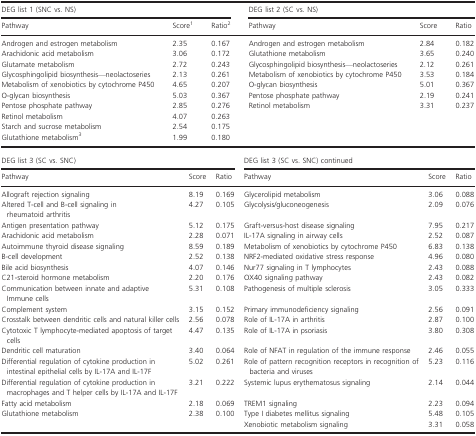
<table><thead><tr><td colspan="3"><b>DEG list 1 (SNC vs. NS)</b></td><td colspan="3"><b>DEG list 2 (SC vs. NS)</b></td></tr><tr><td><b>Pathway</b></td><td><b>Score1</b></td><td><b>Ratio2</b></td><td><b>Pathway</b></td><td><b>Score</b></td><td><b>Ratio</b></td></tr></thead><tbody><tr><td>Androgen and estrogen metabolism</td><td>2.35</td><td>0.167</td><td>Androgen and estrogen metabolism</td><td>2.84</td><td>0.182</td></tr><tr><td>Arachidonic acid metabolism</td><td>3.06</td><td>0.172</td><td>Glutathione metabolism</td><td>3.65</td><td>0.240</td></tr><tr><td>Glutamate metabolism</td><td>2.72</td><td>0.243</td><td>Glycosphingolipid biosynthesis—neolactoseries</td><td>2.12</td><td>0.261</td></tr><tr><td>Glycosphingolipid biosynthesis—neolactoseries</td><td>2.13</td><td>0.261</td><td>Metabolism of xenobiotics by cytochrome P450</td><td>3.53</td><td>0.184</td></tr><tr><td>Metabolism of xenobiotics by cytochrome P450</td><td>4.65</td><td>0.207</td><td>O-glycan biosynthesis</td><td>5.01</td><td>0.367</td></tr><tr><td>O-glycan biosynthesis</td><td>5.03</td><td>0.367</td><td>Pentose phosphate pathway</td><td>2.19</td><td>0.241</td></tr><tr><td>Pentose phosphate pathway</td><td>2.85</td><td>0.276</td><td>Retinol metabolism</td><td>3.31</td><td>0.237</td></tr><tr><td>Retinol metabolism</td><td>4.07</td><td>0.263</td><td></td><td></td><td></td></tr><tr><td>Starch and sucrose metabolism</td><td>2.54</td><td>0.175</td><td></td><td></td><td></td></tr><tr><td>Glutathione metabolism3</td><td>1.99</td><td>0.180</td><td></td><td></td><td></td></tr><tr><td colspan="3"><b>DEG list 3 (SC vs. SNC)</b></td><td colspan="3"><b>DEG list 3 (SC vs. SNC) continued</b></td></tr><tr><td><b>Pathway</b></td><td><b>Score</b></td><td><b>Ratio</b></td><td><b>Pathway</b></td><td><b>Score</b></td><td><b>Ratio</b></td></tr><tr><td>Allograft rejection signaling</td><td>8.19</td><td>0.169</td><td>Glycerolipid metabolism</td><td>3.06</td><td>0.088</td></tr><tr><td>Altered T-cell and B-cell signaling in rheumatoid arthritis</td><td>4.27</td><td>0.105</td><td>Glycolysis/gluconeogenesis</td><td>2.09</td><td>0.076</td></tr><tr><td>Antigen presentation pathway</td><td>5.12</td><td>0.175</td><td>Graft-versus-host disease signaling</td><td>7.95</td><td>0.217</td></tr><tr><td>Arachidonic acid metabolism</td><td>2.28</td><td>0.071</td><td>IL-17A signaling in airway cells</td><td>2.52</td><td>0.087</td></tr><tr><td>Autoimmune thyroid disease signaling</td><td>8.59</td><td>0.189</td><td>Metabolism of xenobiotics by cytochrome P450</td><td>6.83</td><td>0.138</td></tr><tr><td>B-cell development</td><td>2.52</td><td>0.138</td><td>NRF2-mediated oxidative stress response</td><td>4.96</td><td>0.080</td></tr><tr><td>Bile acid biosynthesis</td><td>4.07</td><td>0.146</td><td>Nur77 signaling in T lymphocytes</td><td>2.43</td><td>0.088</td></tr><tr><td>C21-steroid hormone metabolism</td><td>2.20</td><td>0.176</td><td>OX40 signaling pathway</td><td>2.43</td><td>0.082</td></tr><tr><td>Communication between innate and adaptive Immune cells</td><td>5.31</td><td>0.108</td><td>Pathogenesis of multiple sclerosis</td><td>3.05</td><td>0.333</td></tr><tr><td>Complement system</td><td>3.15</td><td>0.152</td><td>Primary immunodeficiency signaling</td><td>2.56</td><td>0.091</td></tr><tr><td>Crosstalk between dendritic cells and natural killer cells</td><td>2.56</td><td>0.078</td><td>Role of IL-17A in arthritis</td><td>2.87</td><td>0.100</td></tr><tr><td>Cytotoxic T lymphocyte-mediated apoptosis of target cells</td><td>4.47</td><td>0.135</td><td>Role of IL-17A in psoriasis</td><td>3.80</td><td>0.308</td></tr><tr><td>Dendritic cell maturation</td><td>3.40</td><td>0.064</td><td>Role of NFAT in regulation of the immune response</td><td>2.46</td><td>0.055</td></tr><tr><td>Differential regulation of cytokine production in intestinal epithelial cells by IL-17A and IL-17F</td><td>5.02</td><td>0.261</td><td>Role of pattern recognition receptors in recognition of bacteria and viruses</td><td>5.23</td><td>0.116</td></tr><tr><td>Differential regulation of cytokine production in macrophages and T helper cells by IL-17A and IL-17F</td><td>3.21</td><td>0.222</td><td>Systemic lupus erythematosus signaling</td><td>2.14</td><td>0.044</td></tr><tr><td>Fatty acid metabolism</td><td>2.18</td><td>0.069</td><td>TREM1 signaling</td><td>2.23</td><td>0.094</td></tr><tr><td>Glutathione metabolism</td><td>2.38</td><td>0.100</td><td>Type I diabetes mellitus signaling</td><td>5.48</td><td>0.105</td></tr><tr><td></td><td></td><td></td><td>Xenobiotic metabolism signaling</td><td>3.31</td><td>0.058</td></tr></tbody></table>